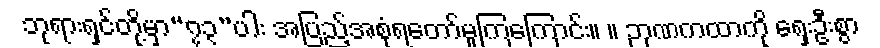
ဘုရားရှင်တို့မှာ“၇၃”ပါး အပြည့်အစုံရတော်မူကြကြောင်း။ ။ ဉာဏကထာကို ရှေးဦးစွာ